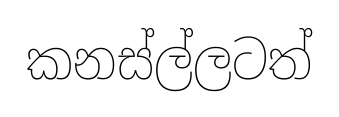
කනස්ල්ලටත්